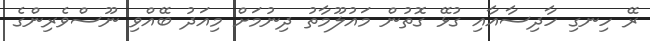
ރޭ ހިނގި ހާދިސާއާއި ގުޅޭ ގޮތުން މައުލޫމާތު ދިނުމަށް މިއަދު ބޭއްވި ނޫސްވެރިންގެ